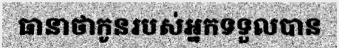
ធានាថាកូនរបស់អ្នកទទួលបាន